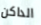
الداكن